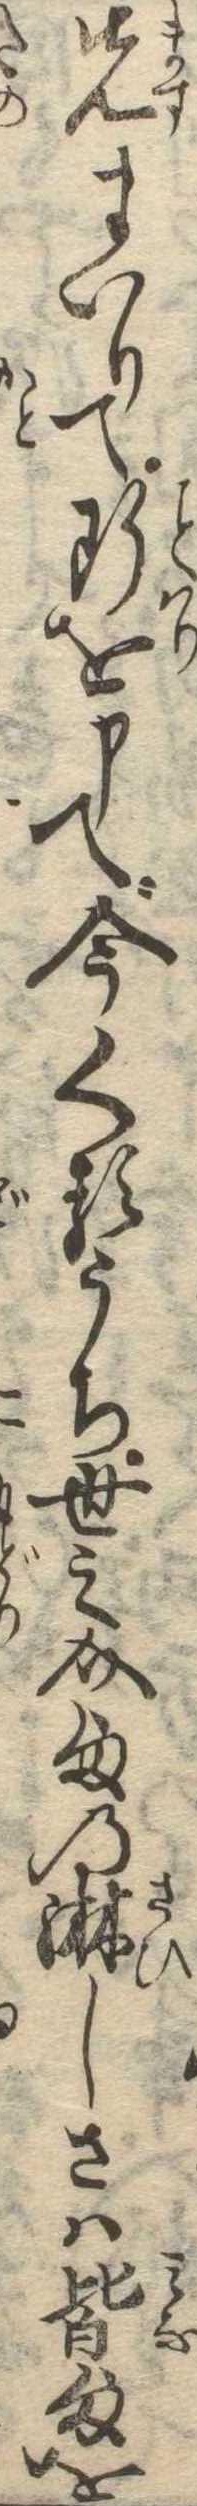
先まいりて断を申て今くるうち世之介様の淋しさは皆様を